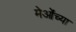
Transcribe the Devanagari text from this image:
मेओंच्या